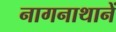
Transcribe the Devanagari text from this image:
नागनाथानें